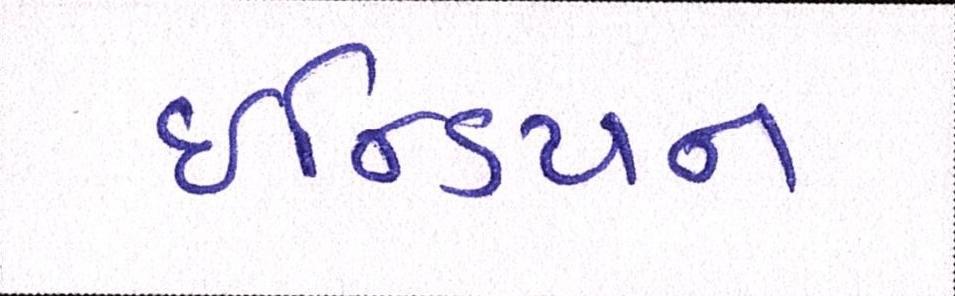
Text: ઇન્ડિયન